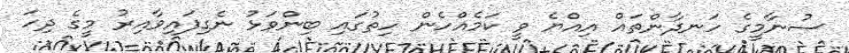
ސުނާމީގެ ހަނދާންތައް އިއްޔެ ވީ ކަމެެއްހެން ހިތުގަައި ބިންވަޅު ނެގިފައިވާއިރު މީގެ ދިހަ